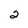
Character: 2